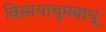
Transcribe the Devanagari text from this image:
विस्मयाथुमबाथू